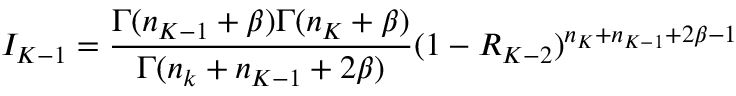
I _ { K - 1 } = \frac { \Gamma ( n _ { K - 1 } + \beta ) \Gamma ( n _ { K } + \beta ) } { \Gamma ( n _ { k } + n _ { K - 1 } + 2 \beta ) } ( 1 - R _ { K - 2 } ) ^ { n _ { K } + n _ { K - 1 } + 2 \beta - 1 } ~